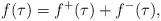
LaTeX: \begin{align*}f(\tau)=f^+(\tau)+f^-(\tau),\end{align*}